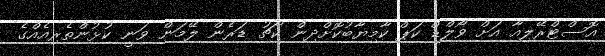
އޮސްޓްރޭލިއާ އަށް ވޯލްޑް ކަޕް ކާމިޔާބުކޮށްދިން ކޯޗު ޑަރެން ލޭމަން ވަނީ ކުޅުންތެރިއެއްގެ